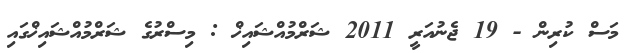
މަސް ކުރިން - 19 ޖެނުއަރީ 2011 ޝަރްމުއްޝައިޚް : މިސްރުގެ ޝަރްމުއްޝައިޚްގައި